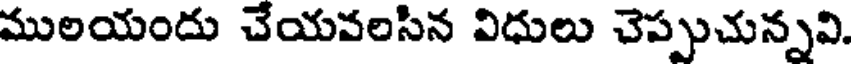
ములయందు చేయవలసిన విధులు చెప్పుచున్నవి.